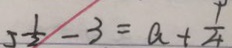
5 \frac { 1 } { 2 } - 3 = a + \frac { 1 } { 4 }